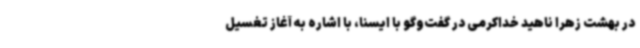
در بهشت زهرا ناهید خداکرمی در گفت‌وگو با ایسنا، با اشاره به آغاز تغسیل